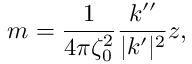
m = \frac { 1 } { 4 \pi \zeta _ { 0 } ^ { 2 } } \frac { k ^ { \prime \prime } } { | k ^ { \prime } | ^ { 2 } } z ,